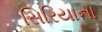
સિરિયાના